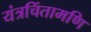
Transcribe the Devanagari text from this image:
यंत्रचिंतामणि